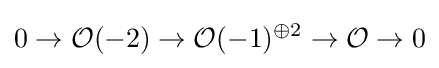
0\to {\mathcal {O}}(-2)\to {\mathcal {O}}(-1)^{\oplus 2}\to {\mathcal {O}}\to 0